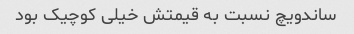
ساندویچ نسبت به قیمتش خیلی کوچیک بود